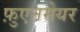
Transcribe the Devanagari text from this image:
फ़ुएनमेयर